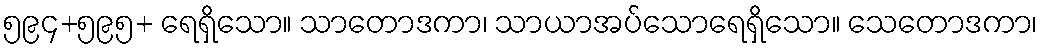
၅၉၄+၅၉၅+ ရေရှိသော။ သာတောဒကာ၊ သာယာအပ်သောရေရှိသော။ သေတောဒကာ၊